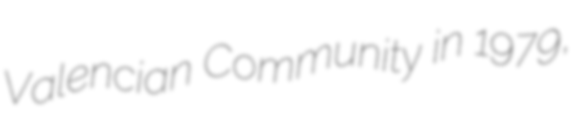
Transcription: Valencian Community in 1979,